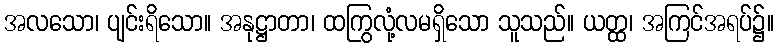
အလသော၊ ပျင်းရိသော။ အနုဋ္ဌာတာ၊ ထကြွလုံ့လမရှိသော သူသည်။ ယတ္ထ၊ အကြင်အရပ်၌။